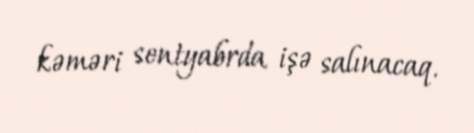
kəməri sentyabrda işə salınacaq.